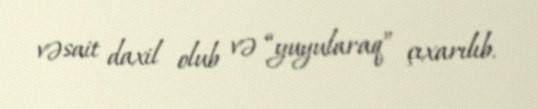
vəsait daxil olub və “yuyularaq” çıxarılıb.